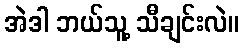
အဲဒါ ဘယ်သူ့ သီချင်းလဲ။